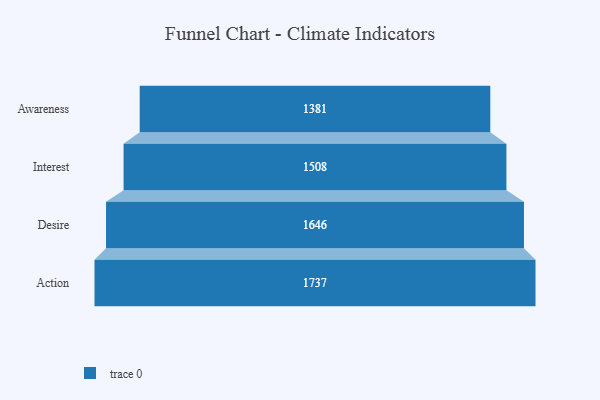
{"axis": {"x": "Stage", "y": "Value"}, "legend": [""], "data": [{"x": "Awareness", "y": 1381.0, "type": ""}, {"x": "Interest", "y": 1508.0, "type": ""}, {"x": "Desire", "y": 1646.0, "type": ""}, {"x": "Action", "y": 1737.0, "type": ""}]}